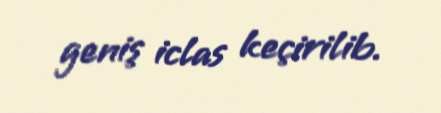
geniş iclas keçirilib.